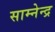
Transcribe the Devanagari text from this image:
साम्नेन्द्र